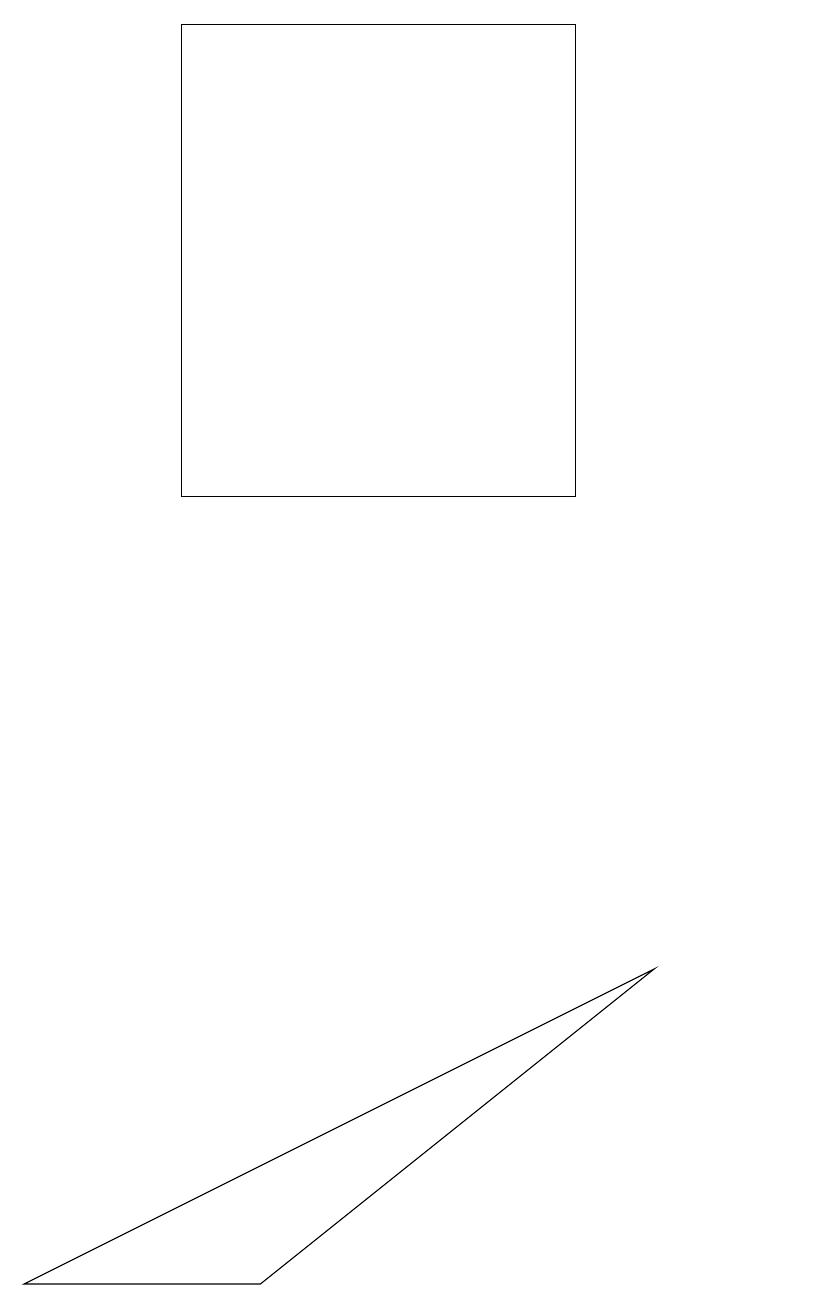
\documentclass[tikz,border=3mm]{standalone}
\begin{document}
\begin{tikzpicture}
\draw (7,18) rectangle (2,12);
\draw (10,10) circle (0);
\draw (0,2) -- (8,6) -- (3,2) -- cycle;
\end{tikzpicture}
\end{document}